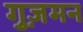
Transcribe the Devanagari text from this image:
गुज़मन